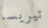
تيريسا